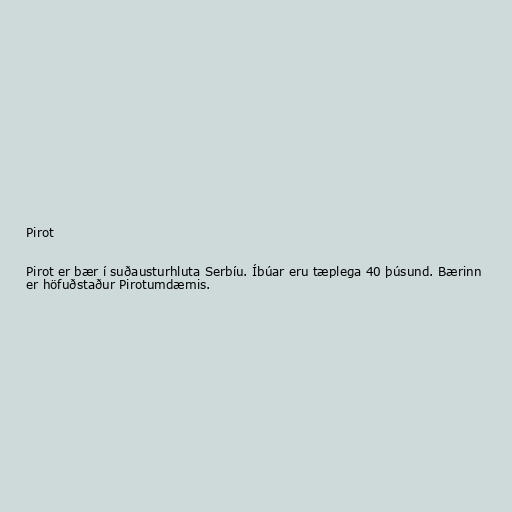
Pirot

Pirot er bær í suðausturhluta Serbíu. Íbúar eru tæplega 40 þúsund. Bærinn
er höfuðstaður Pirotumdæmis.